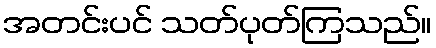
အတင်းပင် သတ်ပုတ်ကြသည်။